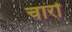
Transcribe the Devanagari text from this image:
चारोंं